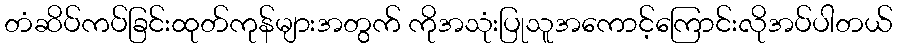
တံဆိပ်ကပ်ခြင်းထုတ်ကုန်များအတွက် ကိုအသုံးပြုသူအကောင့်ကြောင်းလိုအပ်ပါတယ်